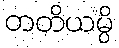
တတိယမ္ပိ